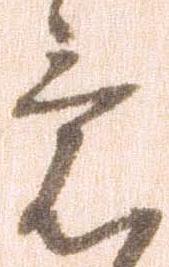
意